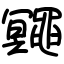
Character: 鼆